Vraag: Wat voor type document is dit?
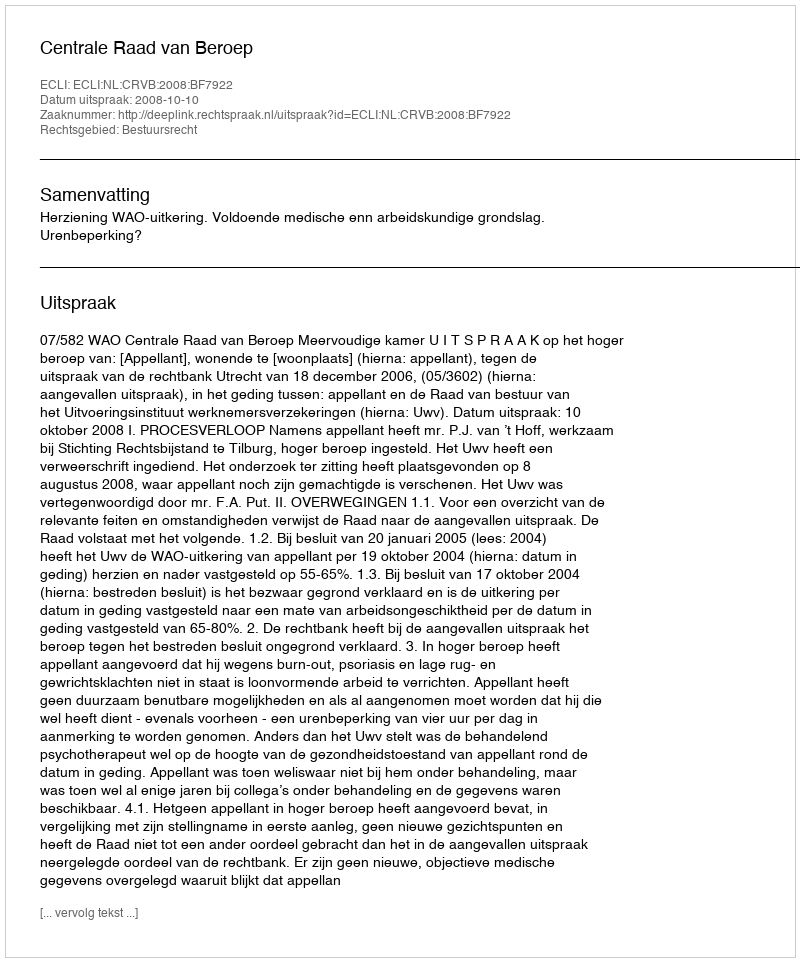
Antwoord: Uitspraak